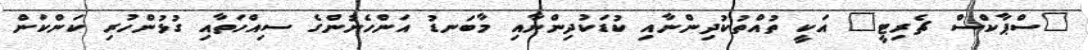
"ސްޕާކްސް ޗެރިޓީ" އަކީ ތުއްތުކުދިންނާއި ކުޑަކުދިންނާއި މާބަނޑު އަންހެނުންގެ ސިއްހަތާއި ގުޅުންހުރި ކަންކަން